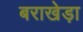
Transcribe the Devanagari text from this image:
बराखेड़ा